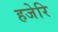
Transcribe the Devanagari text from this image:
हजेरि